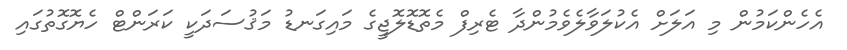
އެހެންކަމުން މި އަލަށް އެކުލަވާލެވެމުންދާ ޓެރިފް މެތޮޑޮލޮޖީގެ މައިގަނޑު މަޤުސަދަކީ ކަރަންޓް ހެޔޮގޮތުގައި